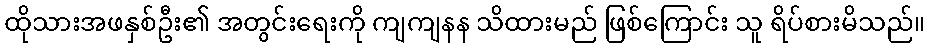
ထိုသားအဖနှစ်ဦး၏ အတွင်းရေးကို ကျကျနန သိထားမည် ဖြစ်ကြောင်း သူ ရိပ်စားမိသည်။